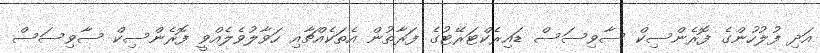
އަދި ފުލުހުންގެ ފޮރެންސިކް ސާވިސަސް ޑައިރެކްޓަރޭޓުގެ ފަރާތުން އެތަކެއްޗާއި ހަވާލުވެލެއްވީ ފޮރެންސިކް ސާވިސަސް